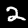
Digit: 2